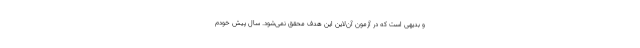
و بدیهی است که در آزمون آن‌لاین این هدف محقق نمی‌شود. سال پیش خودم